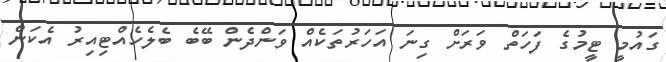
ގައުމީ ޓީމުގެ ފަހަތް ވަރަށް ގިނަ އަހަރުތަކެއް ވަންދެން ބޭބެ ބެލެހެއްޓިއިރު އެކަން